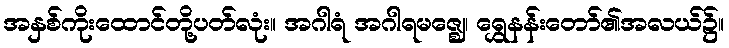
အနှစ်ကိုးထောင်တို့ပတ်လုံး။ အဂါရံ အဂါရမဇ္ဈေ၊ ရွှေနန်းတော်၏အလယ်၌။